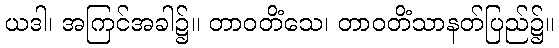
ယဒါ၊ အကြင်အခါ၌။ တာဝတိံသေ၊ တာဝတိံသာနတ်ပြည်၌။